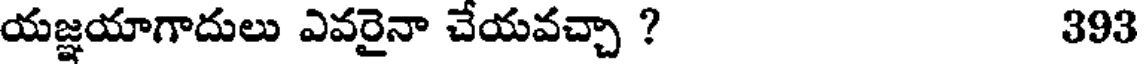
యజ్ఞయాగాదులు ఎవరైనా చేయవచ్చా ? 393